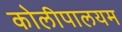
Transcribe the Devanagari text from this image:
कोलीपालयम